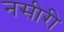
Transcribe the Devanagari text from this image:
नसीरी